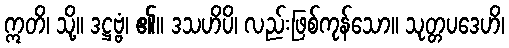
ဣတိ၊ သို့။ ဒဋ္ဌဗ္ဗံ၊ ၏။ ဒသဟိပိ၊ လည်းဖြစ်ကုန်သော။ သုတ္တပဒေဟိ၊